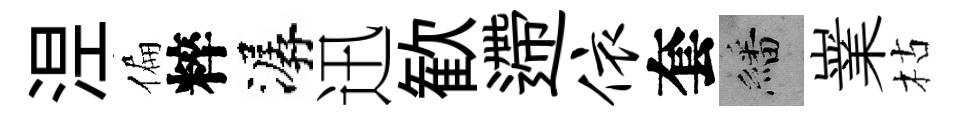
𣵀偏粹潺迅歓遰依套繙嶪枯